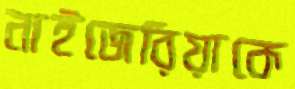
নাইজেরিয়াকে